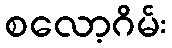
စလော့ဂိမ်း